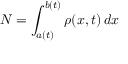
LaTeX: N = \int _ { a ( t ) } ^ { b ( t ) } \rho ( x , t ) \, d x